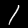
Label: 1